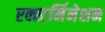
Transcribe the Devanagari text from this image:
एक्स्टर्मिनेशन